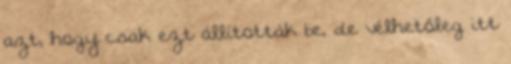
azt, hogy csak ezt állították be, de vélhetőleg itt